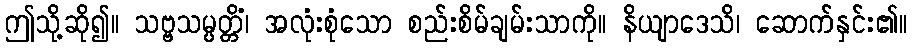
ဤသို့ဆို၍။ သဗ္ဗသမ္ပတ္တိံ၊ အလုံးစုံသော စည်းစိမ်ချမ်းသာကို။ နိယျာဒေသိ၊ ဆောက်နှင်း၏။